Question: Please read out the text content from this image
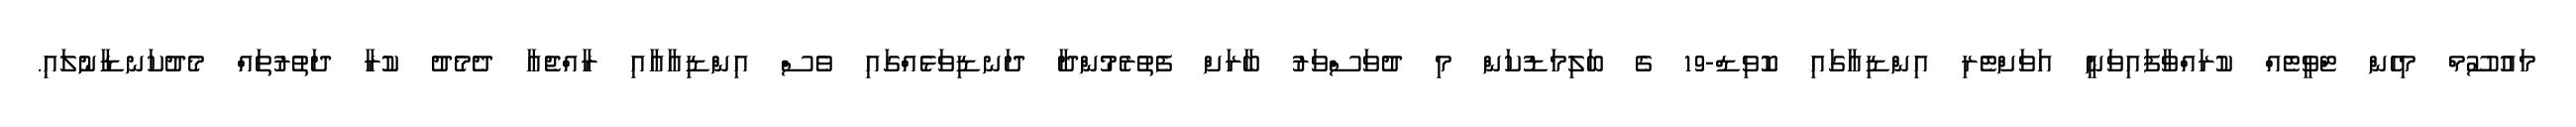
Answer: މައުސޫމް މިހެން ޓްވީޓެއް ކުރައްވާފައިވަނީ އަވަށްޓެރި އިންޑިއާގައި ކޮވިޑް-19 ގެ ބަލިމަޑުކަން މި ދުވަސްވަރު ބާރަށް ފެތުރެމުންދާ ދަނޑިވަޅެއްގައި ވެސް އިންޑިއާއާއި ރާއްޖެއާ ދެމެދު ކުރާ ދަތުރުތައް މެދުކަނޑާނުލައި.